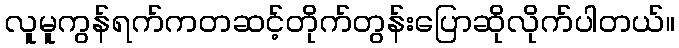
လူမူကွန်ရက်ကတဆင့်တိုက်တွန်းပြောဆိုလိုက်ပါတယ်။